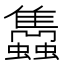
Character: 𧕲